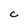
Character: C